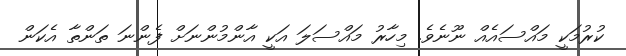
ކުރުމަކީ މައްސައެއް ނޫނެވެ. މިހާރު މައްސަލަ އަކީ އާންމުންނަށް ފެންނަ ތަންތާ އެކަން